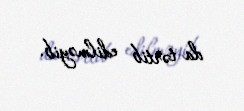
da tərtib edilməyib.